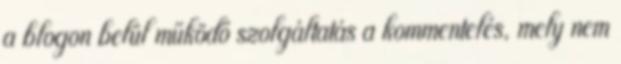
a blogon belül működő szolgáltatás a kommentelés, mely nem